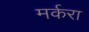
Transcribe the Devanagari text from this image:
मर्करा